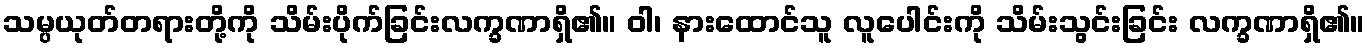
သမ္ပယုတ်တရားတို့ကို သိမ်းပိုက်ခြင်းလက္ခဏာရှိ၏။ ဝါ၊ နားထောင်သူ လူပေါင်းကို သိမ်းသွင်းခြင်း လက္ခဏာရှိ၏။